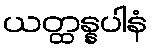
ယတ္ထန္နပါနံ